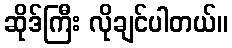
ဆိုဒ်ကြီး လိုချင်ပါတယ်။